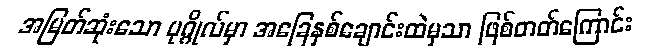
အမြတ်ဆုံးသော ပုဂ္ဂိုလ်မှာ အခြေနှစ်ချောင်းထဲမှသာ ဖြစ်တတ်ကြောင်း